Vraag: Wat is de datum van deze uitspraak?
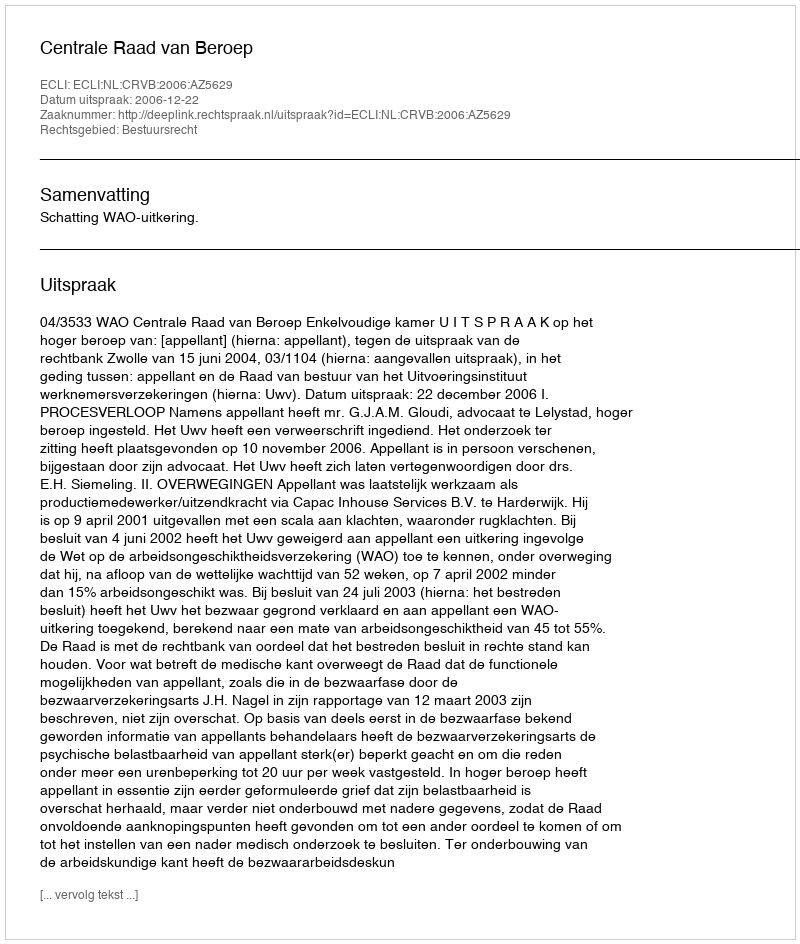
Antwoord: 2006-12-22